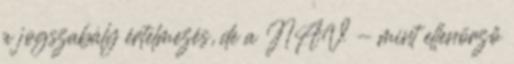
a jogszabály értelmezés, de a NAV - mint ellenörző